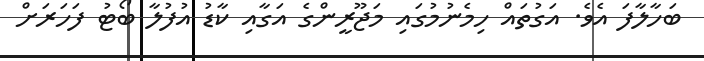
ބަހާލާފަ އެވެ. އަގުތައް ހިމެނުމުގައި މަޖޫރީންގެ އަގާއި ކާޑު އުފުލާ ބޯޓު ފަހަރަށް